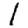
Digit: 1